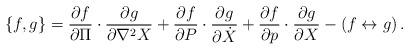
LaTeX: \begin{align*}\{ f , g \} = {\partial f \over \partial \Pi } \cdot{\partial g \over \partial \nabla^2 X } +{\partial f \over \partial P }\cdot {\partial g \over \partial \dot{X} }+ {\partial f \over \partial p } \cdot{\partial g \over \partial X } - ( f\leftrightarrow g )\,.\end{align*}